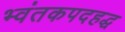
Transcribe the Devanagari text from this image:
भ्वंतकपदहद्ध